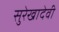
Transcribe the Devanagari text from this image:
सुरेखादेवी